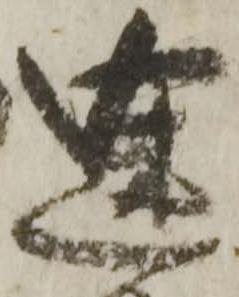
途